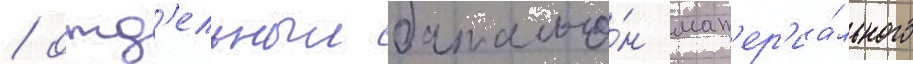
/ отд'ельныи батальо́н мат'ер'иа́льного